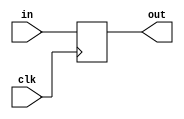
//-----------------------------------------------------------------------------
//
// Title       : ID_EX_rs
// Design      : pipline
// Author      : 
// Company     : 
//
//-----------------------------------------------------------------------------
//
// Generated   : Fri Dec 25 12:33:24 2015
// From        : interface description file
// By          : Itf2Vhdl ver. 1.22
//
//-----------------------------------------------------------------------------
//
// Description : 
//
//-----------------------------------------------------------------------------
`timescale 1 ns / 1 ps

//{{ Section below this comment is automatically maintained
//   and may be overwritten
//{module {ID_EX_rs}}
module ID_EX_rs (
	input [4:0] in,
	output reg [4:0] out,
	input clk
	); 
	
	always @(posedge clk)
		begin
			out<=in;
		end
//}} End of automatically maintained section

// -- Enter your statements here -- //

endmodule